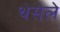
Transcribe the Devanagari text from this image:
थेसेले